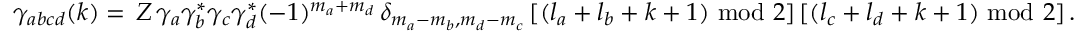
\begin{array} { r } { \gamma _ { a b c d } ( k ) = \, Z \, \gamma _ { a } \gamma _ { b } ^ { * } \gamma _ { c } \gamma _ { d } ^ { * } ( - 1 ) ^ { m _ { a } + m _ { d } } \, \delta _ { m _ { a } - m _ { b } , m _ { d } - m _ { c } } \, [ ( l _ { a } + l _ { b } + k + 1 ) \mathrm { ~ m o d ~ } 2 ] \, [ ( l _ { c } + l _ { d } + k + 1 ) \mathrm { ~ m o d ~ } 2 ] \, . } \end{array}